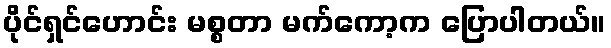
ပိုင်ရှင်ဟောင်း မစ္စတာ မက်ကော့က ပြောပါတယ်။